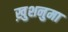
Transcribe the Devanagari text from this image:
ख़ुशनुमा